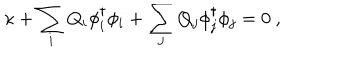
LaTeX: \kappa + \sum _ { i } Q _ { i } \phi _ { i } ^ { \dagger } \phi _ { i } + \sum _ { j } Q _ { j } \phi _ { j } ^ { \dagger } \phi _ { j } = 0 \ ,